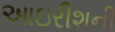
આઇરીશની